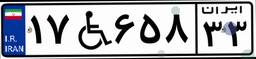
۶۱W۸۸۸۰۴